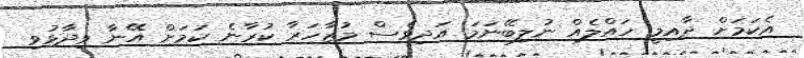
އެކަމަށް ދާއިމީ ހައްލެއް ނުލިބޭނަމަ އަދިވެސް މުޒާހަރާ ކުރާނެ ކަމަށް އޭނާ ވިދާޅުވި